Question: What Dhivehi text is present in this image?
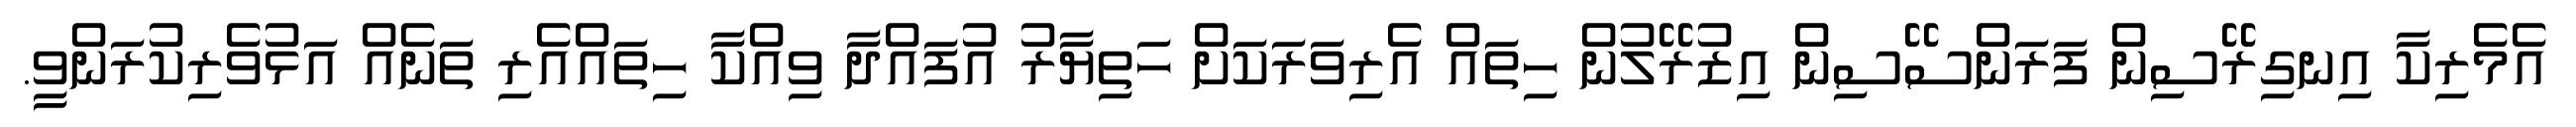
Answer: އެމެރިކާ އިނގިރޭސިން ފަރަންސޭސިން އިޒުރޭލުން ހިތައް އެރިވަރަކަށް ހަތިޔާރު އުފައްދާ ވިއްކާ ހިތައްއެރި ތަނެއް އަޅުވެރިކުރަންވީ.